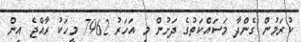
ކުރަމުން ގެންދާ މަސައްކަތުގެ ދަށުން މި އަހަރު 7962 މީހަކު ރާއްޖެ އިން